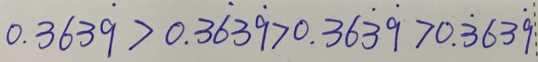
0 . 3 6 3 \dot { 9 } > 0 . 3 \dot { 6 } 3 \dot { 9 } > 0 . 3 6 \dot { 3 } \dot { 9 } > 0 . \dot { 3 } 6 3 \dot { 9 }